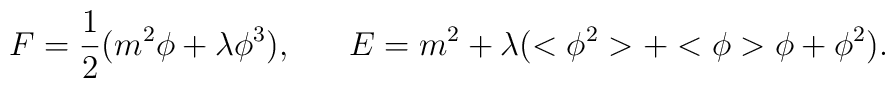
F = \frac{1}{2} (m^{2} \phi + \lambda \phi^{3}), \;\;\;\;\;\; E = m^{2} + \lambda (<\phi^{2}> + <\phi>\phi + \phi^{2}).